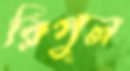
রিপুল